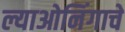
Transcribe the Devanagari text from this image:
ल्याओनिंगाचे